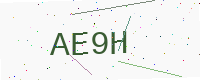
Text: AE9H